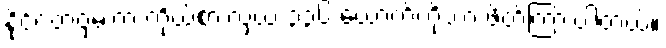
နိုင်ငံတဝှမ်းက ကိုယ်စားလှယ် ၃၃၆ ယောက်ကိုသာ ဖိတ်ကြားပါတယ်။